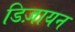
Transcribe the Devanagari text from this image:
डिज़ायन